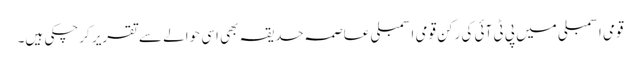
قومی اسمبلی میں پی ٹی آئی کی رکن قومی اسمبلی عاصمہ حدیقہ بھی اسی حوالے سے تقریر کرچکی ہیں۔